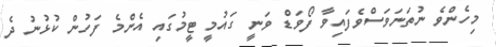
މިހެންވެ ނުތަނަވަސްވެފައިވާ ފޯވަޑް ވަނީ ގައުމީ ޓީމުގައި އެންމެ ފަހުން ކުޅުނު ދެ